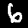
Label: 6